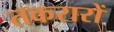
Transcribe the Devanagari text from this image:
तकरारों